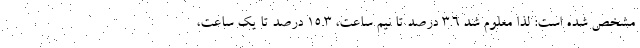
مشخص شده است: لذا معلوم شد ۳.۶ درصد تا نیم ساعت، ۱۵.۳ درصد تا یک ساعت،